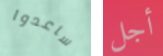
ساعدوا أجل